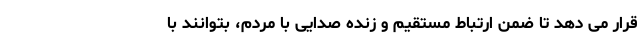
قرار می دهد تا ضمن ارتباط مستقیم و زنده صدایی با مردم، بتوانند با